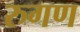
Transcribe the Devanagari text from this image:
रुगण